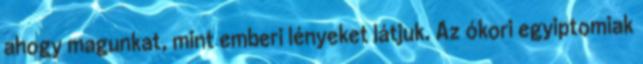
ahogy magunkat, mint emberi lényeket látjuk. Az ókori egyiptomiak